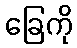
ခြေကို